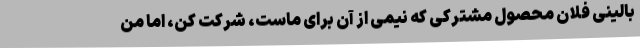
بالینی فلان محصول مشترکی که نیمی از آن برای ماست، شرکت کن، اما من